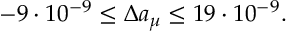
- 9 \cdot 1 0 ^ { - 9 } \leq \Delta a _ { \mu } \leq 1 9 \cdot 1 0 ^ { - 9 } .